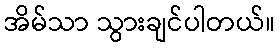
အိမ်သာ သွားချင်ပါတယ်။